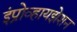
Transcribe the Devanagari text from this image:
इंप्रोव्हायझेशन